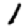
Digit: 1